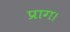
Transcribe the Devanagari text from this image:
प्राग।